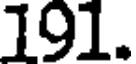
191.